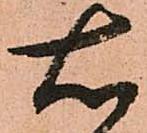
右